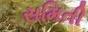
સમિતી